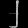
Digit: ၂